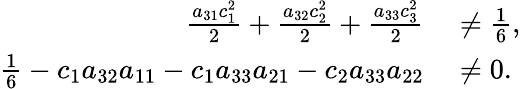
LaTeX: \begin{array}{rl}{\frac{a_{31}c_{1}^{2}}{2}+\frac{a_{32}c_{2}^{2}}{2}+\frac{a_{33}c_{3}^{2}}{2}}&{{}\ne\frac{1}{6},}\\ {\frac{1}{6}-c_{1}a_{32}a_{11}-c_{1}a_{33}a_{21}-c_{2}a_{33}a_{22}}&{{}\ne 0.}\end{array}